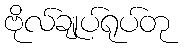
ဗိုလ်ချုပ်ရုပ်တု